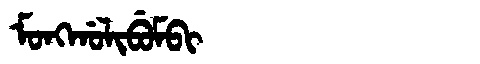
Manchu: ᠮᠣᠩᡤᠣᠯᡳᠪᡠᠮᠪᡳ
Romanization: MONGGOLIBUMBI